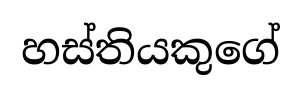
හස්තියකුගේ